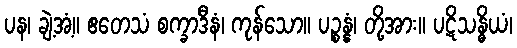
ပန၊ ချဲ့အံ့။ ဧတေသံ စက္ခာဒီနံ၊ ကုန်သော။ ပဉ္စန္နံ၊ တို့အား။ ပဋိသန္ဓိယံ၊